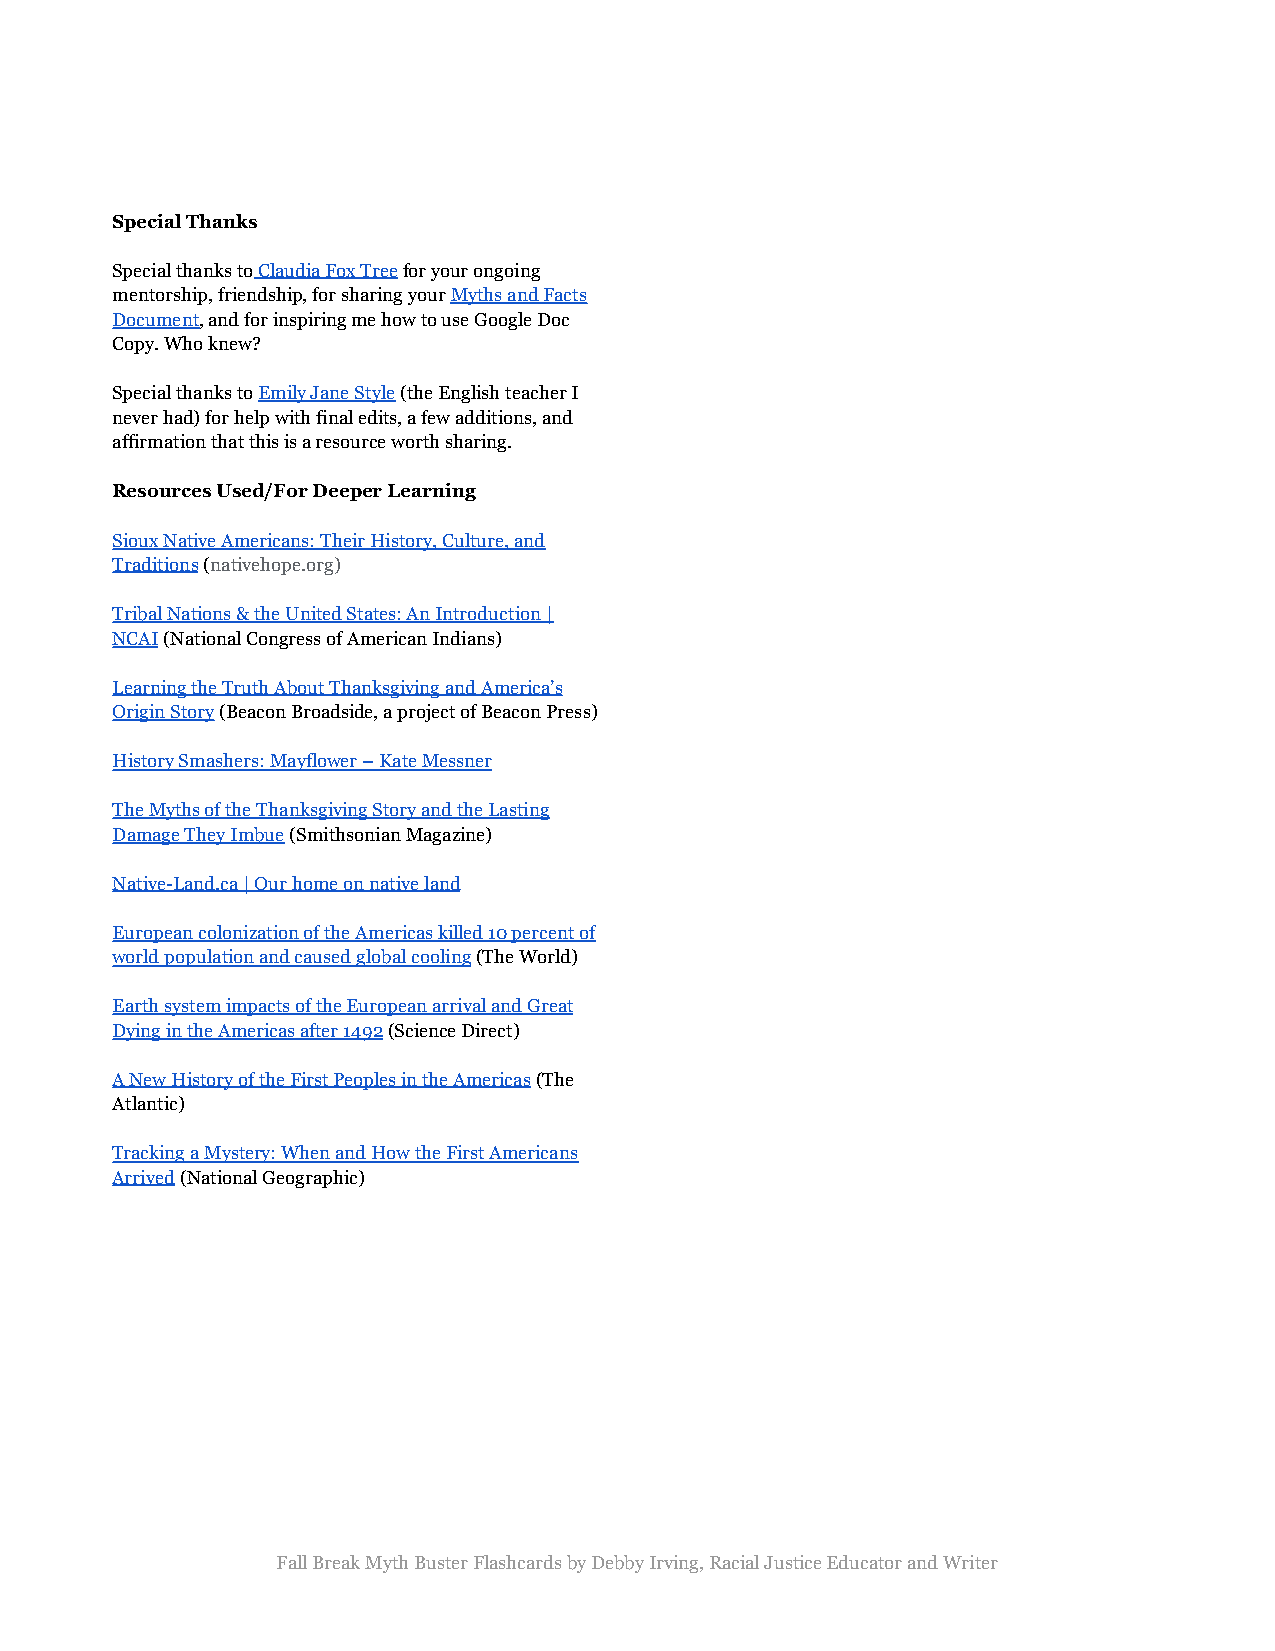
Special Thanks
 Special thanks toClaudia Fox Treefor your ongoing
 mentorship, friendship, for sharing yourMyths andFacts
 Document, and for inspiring me how to use Google Doc
 Copy. Who knew?
 Special thanks toEmily Jane Style(the English teacherI
 never had) for help with final edits, a few additions, and
 affirmation that this is a resource worth sharing.
 Resources Used/For Deeper Learning
 Sioux Native Americans: Their History, Culture, and
 Traditions(nativehope.org)
 Tribal Nations & the United States: An Introduction |
 NCAI(National Congress of American Indians)
 Learning the Truth About Thanksgiving and America’s
 Origin Story(Beacon Broadside, a project of BeaconPress)
 History Smashers: Mayflower – Kate Messner
 The Myths of the Thanksgiving Story and the Lasting
 Damage They Imbue(Smithsonian Magazine)
 Native-Land.ca | Our home on native land
 European colonization of the Americas killed 10 percent of
 world population and caused global cooling(The World)
 Earth system impacts of the European arrival and Great
 Dying in the Americas after 1492(Science Direct)
 A New History of the First Peoples in the Americas(The
 Atlantic)
 Tracking a Mystery: When and How the First Americans
 Arrived(National Geographic)
 Fall Break Myth Buster Flashcards by Debby Irving, Racial Justice Educator and Writer